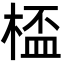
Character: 㮎